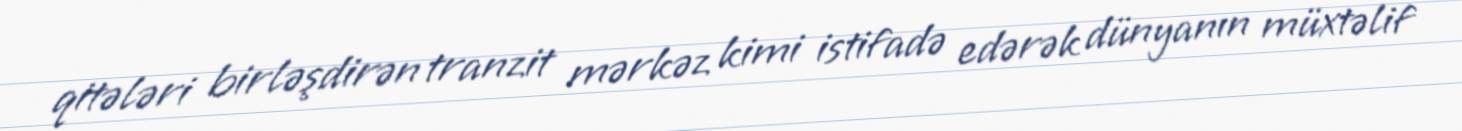
qitələri birləşdirən tranzit mərkəz kimi istifadə edərək dünyanın müxtəlif